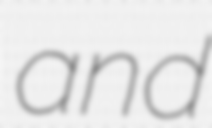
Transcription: and